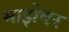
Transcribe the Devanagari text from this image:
माझेवर